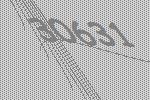
30631